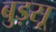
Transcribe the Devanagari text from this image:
बुड़सू